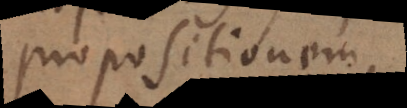
propositionem,